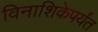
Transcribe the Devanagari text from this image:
विनाशिकेपर्यंत